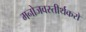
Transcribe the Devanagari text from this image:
मनोजवस्तीर्थकरो